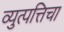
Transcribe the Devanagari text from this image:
व्युत्पत्तिचा